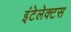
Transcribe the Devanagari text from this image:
इंटेलेक्टस